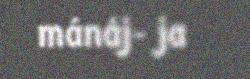
mánáj- ja